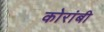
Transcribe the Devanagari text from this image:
कोरांबी